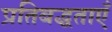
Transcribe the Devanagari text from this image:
प्रतिबद्धताएँ